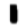
Digit: 1